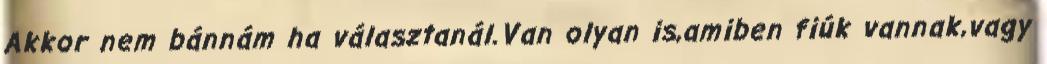
Akkor nem bánnám ha választanál.Van olyan is,amiben fiúk vannak,vagy